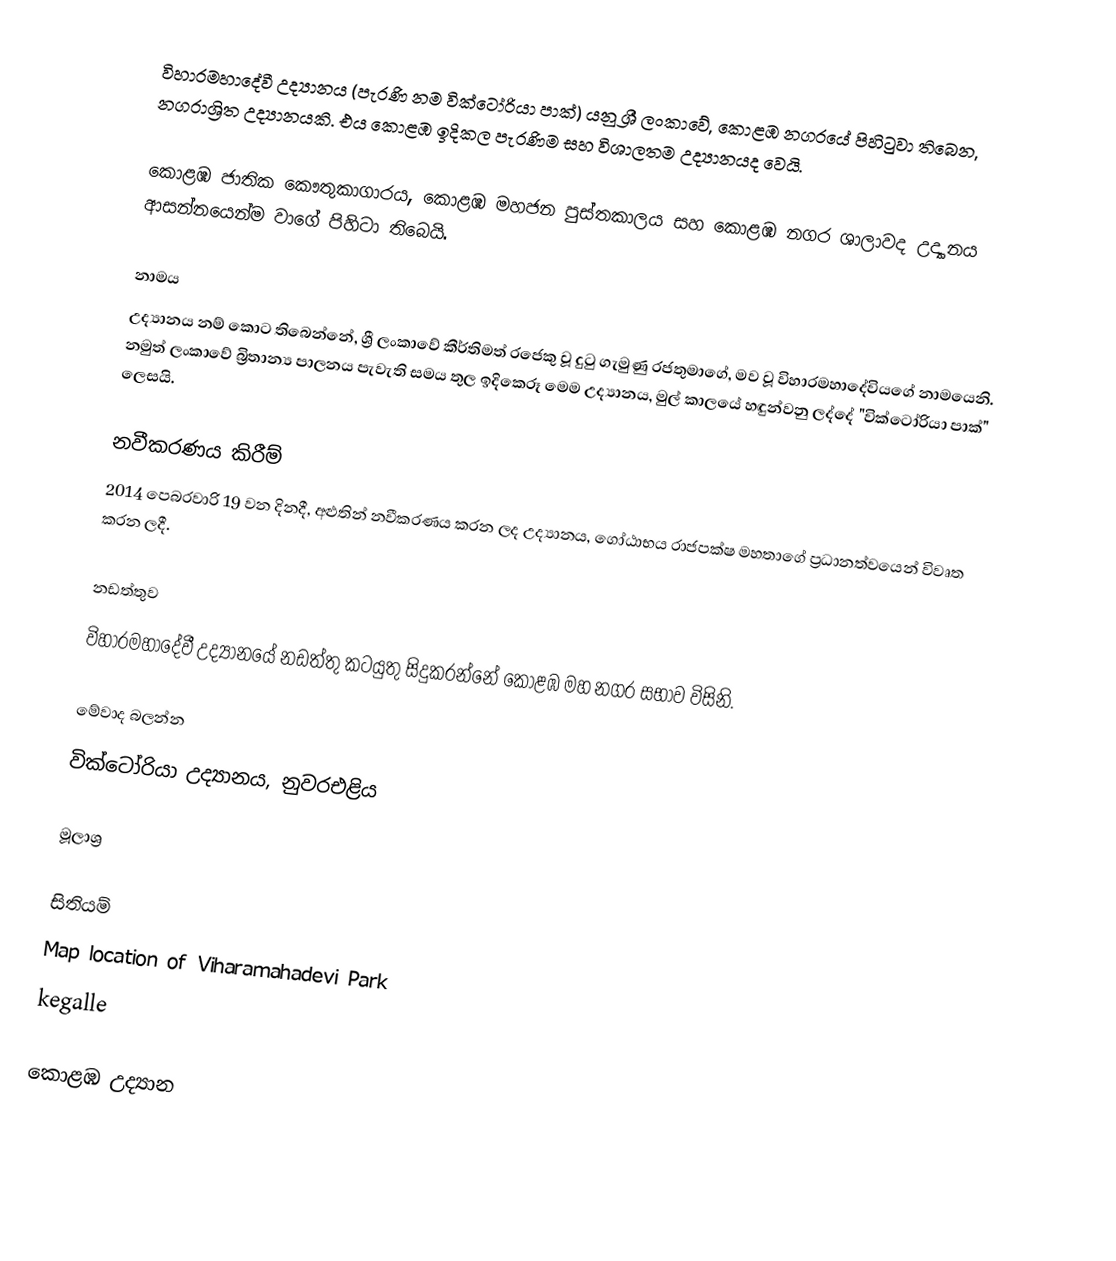
විහාරමහාදේවී උද්‍යානය (පැරණි නම වික්ටෝරියා පාක්) යනු ශ්‍රී ලංකාවේ, කොළඹ නගරයේ පිහිටුවා තිබෙන, නගරාශ්‍රිත උද්‍යානයකි. එය කොළඹ ඉදිකල පැරණිම සහ විශාලතම උද්‍යානයද වෙයි.

කොළඹ ජාතික කෞතුකාගාරය, කොළඹ මහජන පුස්තකාලය සහ කොළඹ නගර ශාලාවද උද්‍යානය ආසන්නයෙන්ම වාගේ පිහිටා තිබෙයි.

නාමය
උද්‍යානය නම් කොට තිබෙන්නේ, ශ්‍රී ලංකාවේ කීර්තිමත් රජෙකු වූ දුටු ගැමුණු රජතුමාගේ, මව වූ විහාරමහාදේවියගේ නාමයෙනි. නමුත් ලංකාවේ බ්‍රිතාන්‍ය පාලනය පැවැති සමය තුල ඉදිකෙරූ මෙම උද්‍යානය, මුල් කාලයේ හඳුන්වනු ලද්දේ "වික්ටෝරියා පාක්" ලෙසයි.

නවීකරණය කිරීම්
2014 පෙබරවාරි 19 වන දිනදී, අළුතින් නවීකරණය කරන ලද උද්‍යානය, ගෝඨාභය රාජපක්ෂ මහතාගේ ප්‍රධානත්වයෙන් විවෘත කරන ලදී.

නඩත්තුව
විහාරමහාදේවී උද්‍යානයේ නඩත්තු කටයුතු සිදුකරන්නේ කොළඹ මහ නගර සභාව විසිනි.

මේවාද බලන්න
වික්ටෝරියා උද්‍යානය, නුවරඑළිය

මූලාශ්‍ර

සිතියම්
Map location of Viharamahadevi Park
kegalle

කොළඹ උද්‍යාන